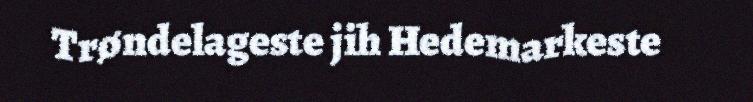
Trøndelageste jih Hedemarkeste